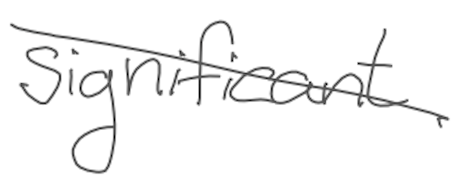
Text: significant
Cross-out: mix
Writing tool: digital_gray